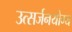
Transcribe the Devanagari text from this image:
उत्सर्जनयोग्य